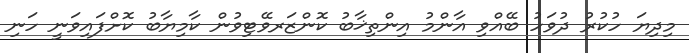
މިދިޔަ ހުކުރު ދުވަހު ބޭއްވި އާންމު އިންތިޚާބު ކޮންޒަރވޭޓިވުން ކާމިޔާބު ކޮށްފައިވަނީ ހަނި